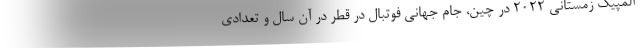
المپیک زمستانی ۲۰۲۲ در چین، جام جهانی فوتبال در قطر در آن سال و تعدادی